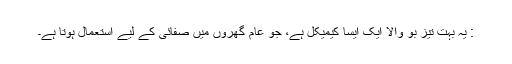
: یہ بہت تیز بو والا ایک ایسا کیمیکل ہے، جو عام گھروں میں صفائی کے لیے استعمال ہوتا ہے۔